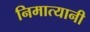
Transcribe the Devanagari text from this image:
निमात्यानी